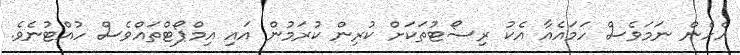
އެހެން ނަމަވެސް ހަމައެއާ އެކު ރިސޯޓުތަކަށް ކުރިން ކުރަމުން އައި އިމްޕޯޓްތައްވެސް ހުއްޓުނެވެ.